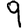
Digit: 9